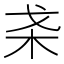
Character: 𣏩